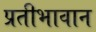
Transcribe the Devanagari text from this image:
प्रतीभावान